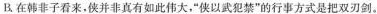
B.在韩非子看来，侠并非真有如此伟大，”侠以武犯禁”的行事方式是把双刃剑。